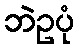
ဘဲဥပုံ